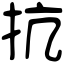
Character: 抗